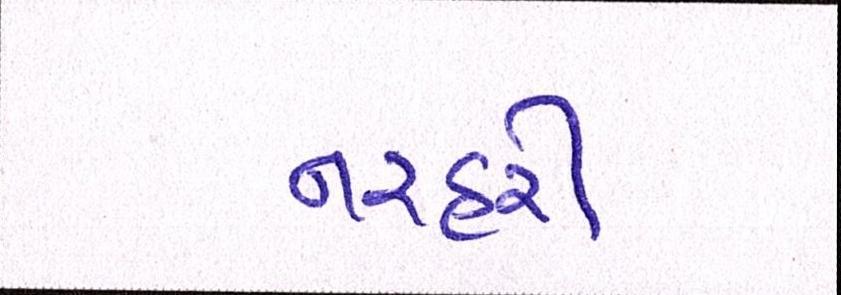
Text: નરહરી